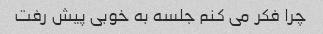
چرا فکر می کنم جلسه به خوبی پیش رفت